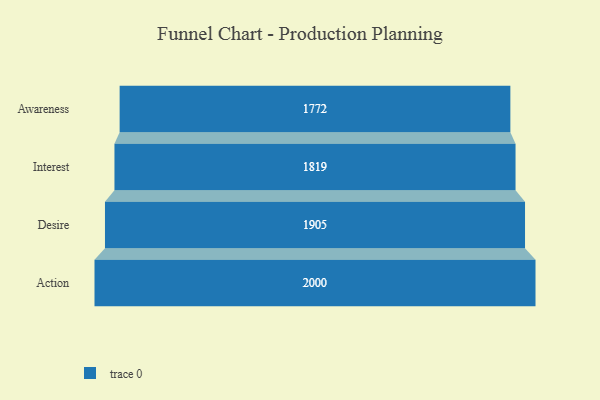
{"axis": {"x": "Stage", "y": "Value"}, "legend": [""], "data": [{"x": "Awareness", "y": 1772.0, "type": ""}, {"x": "Interest", "y": 1819.0, "type": ""}, {"x": "Desire", "y": 1905.0, "type": ""}, {"x": "Action", "y": 2000, "type": ""}]}